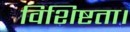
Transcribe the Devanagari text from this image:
विशिष्टता।